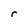
Character: r